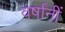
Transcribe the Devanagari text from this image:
वर्षांनीं